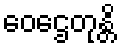
ဝေဌေတုန္တိ